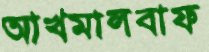
আখমালবাফ